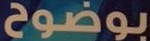
بوضوح